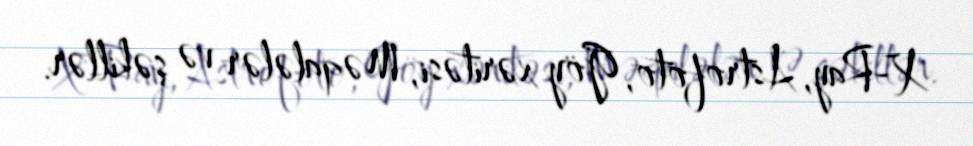
X-Ray, Astrofoto, Göy xəritəsi, Məqalələr və şəkillər.